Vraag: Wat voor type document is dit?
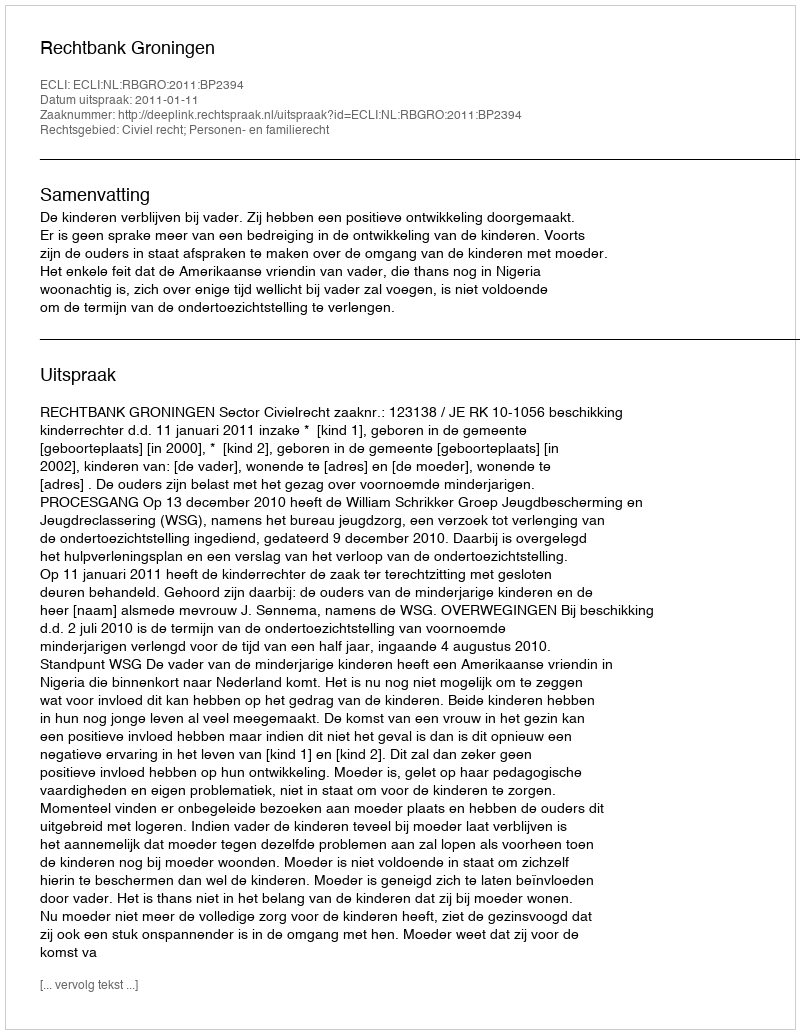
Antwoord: Uitspraak